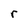
Character: r